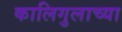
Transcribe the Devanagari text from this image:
कालिगुलाच्या